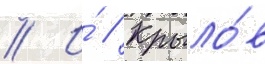
// И́ // Крыло́в